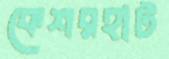
কেশরহাট